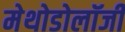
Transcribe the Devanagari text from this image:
मेथोडोलॉजी